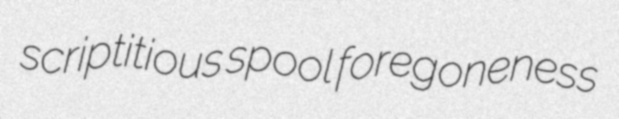
scriptitious spool foregoneness